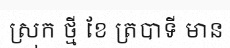
ស្រុក ថ្មី ខែ ត្របាទី មាន